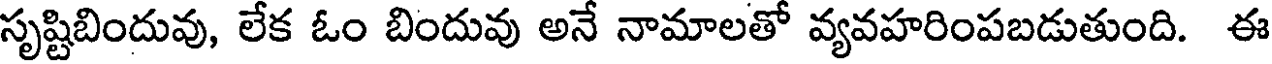
సృష్టిబిందువు, లేక ఓం బిందువు అనే నామాలతో వ్యవహరింపబడుతుంది. ఈ